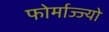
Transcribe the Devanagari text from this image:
फोर्माज्ज्यो